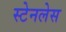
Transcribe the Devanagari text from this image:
स्‍टेनलेस